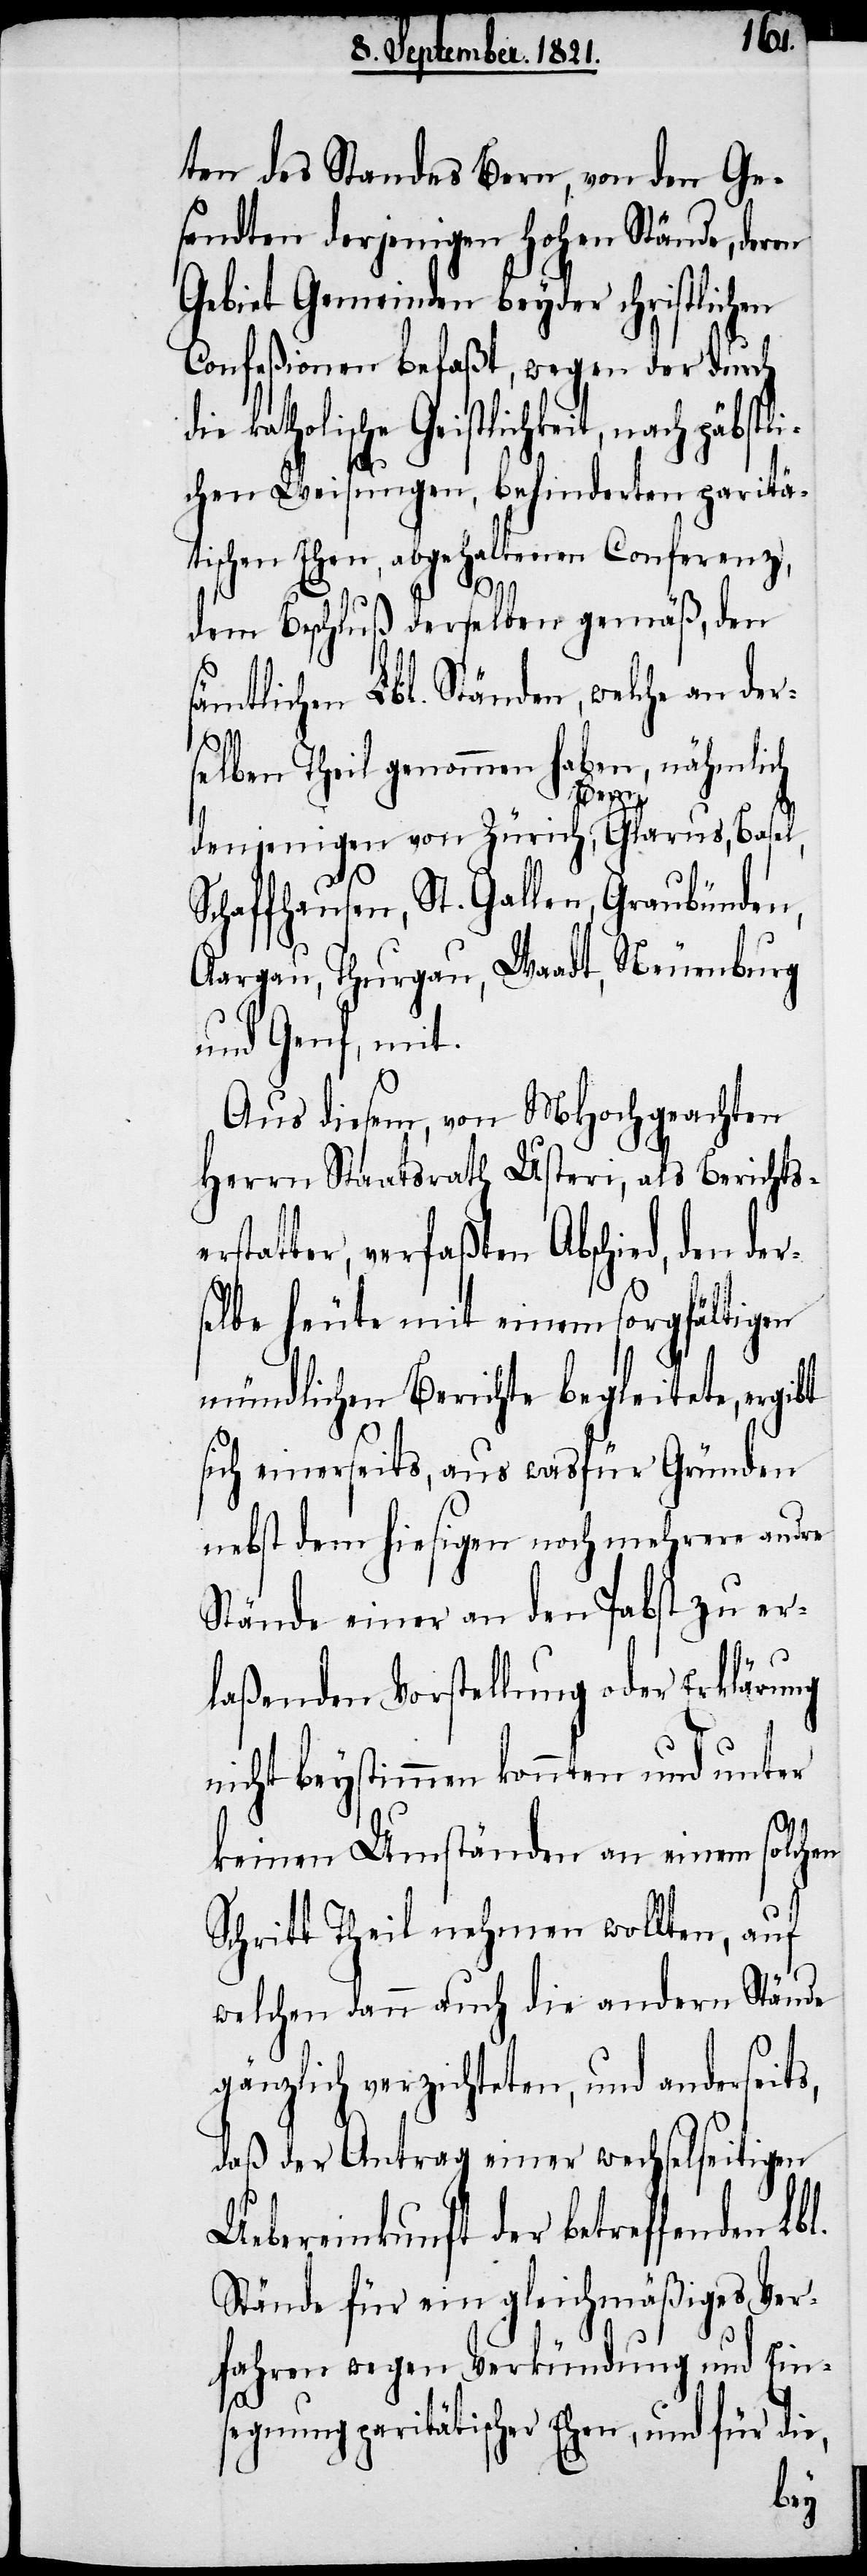
ten des Standes Bern, von den Ge¬
sandten derjenigen hohen Stände, deren
Gebiet Gemeinden beyder christlichen
Confeßionen befaßt, wegen der durch
die katholische Geistlichkeit, nach päpstli¬
S¬
chen Weisungen, behinderten paritä¬
tischen Ehen, abgehaltenen Conferenz,
dem Beschluß derselben gemäß, den
sämtlichen Lbl. Ständen, welche an der¬
l.
lben Theil genommen haben, nähmlich
se¬
Basel,
denjenigen von Zürich, Bern, Glarus,
chaffhausen, St. Gallen, Graubünden,
Aargau, Thurgau, Waadt, Neuenburg
und Genf, mit.
Aus diesem, von MHochgeachten
Herrn Staatsrath Usteri, als Berichtse¬
rstatter, verfaßten Abschied, den
selbe heute mit einem sorgfältigen
mündlichen Berichte begleitete, ergibt
sich einerseits, aus wasfür Gründen
nebst dem hiesigen noch mehrere andre
Stände einer an den Pabst zu er¬
laßenden Vorstellung oder Erklärung
nicht beystimmen konnten und unter
keinen Umständen an einem solchen
Schritt Theil nehmen wollten, auf
welchen dann auch die andern Stände
gänzlich verzichteten, und anderseit¬
daß der Antrag einer wechselseitigen
Uebereinkunft der betreffenden Lb¬
Stände für ein gleichmäßiges Ver¬
fahren wegen Verkündung und Ein¬
segnung paritätischer Ehen, und für die,
der¬